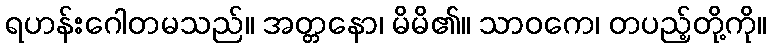
ရဟန်းဂေါတမသည်။ အတ္တနော၊ မိမိ၏။ သာဝကေ၊ တပည့်တို့ကို။